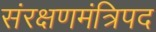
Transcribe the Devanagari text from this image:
संरक्षणमंत्रिपद